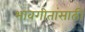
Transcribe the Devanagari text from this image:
भावगीतांसाठी